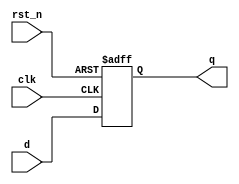
`timescale 1ns / 1ps
//////////////////////////////////////////////////////////////////////////////////
// Company: 
// Engineer: 
// 
// Design Name: 
// Module Name: dff_async_rst_n_param
// Project Name: 
// Target Devices: 
// Tool Versions: 
// Description: 
// 
// Dependencies: 
// 
// Revision:
// Revision 0.01 - File Created
// Additional Comments:
// 
//////////////////////////////////////////////////////////////////////////////////


module dff_async_rst_n_param
#(
    parameter WIDTH = 8,
              RESET = 8'b0
)
(
    input clk,
    input rst_n,
    input [WIDTH - 1 : 0] d,
    output reg [WIDTH - 1 : 0] q
);

    always @ (posedge clk or negedge rst_n)
        if (!rst_n)
            q <= RESET;
        else
            q <= d;
endmodule